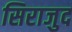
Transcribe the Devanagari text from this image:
सिराजुद